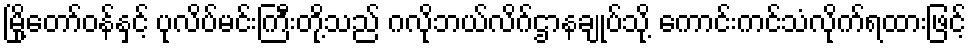
မြို့တော်ဝန်နှင့် ပုလိပ်မင်းကြီးတို့သည် ဂလိုဘယ်လိဂ်ဌာနချုပ်သို့ ကောင်းကင်သံလိုက်ရထားဖြင့်